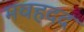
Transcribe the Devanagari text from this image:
मवहदद